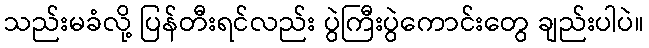
သည်းမခံလို့ ပြန်တီးရင်လည်း ပွဲကြီးပွဲကောင်းတွေ ချည်းပါပဲ။